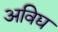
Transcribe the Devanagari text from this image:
अविद्य